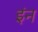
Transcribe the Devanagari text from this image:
इंन